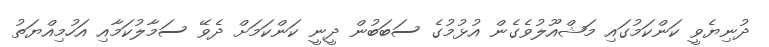
ދުނިޔެވީ ކަންކަމުގައި މަޝްއޫލުވެގެން އުޅުމުގެ ސަބަބުން ދީނީ ކަންކަމަށް ދެވޭ ސަމާލުކަމާއި އަހުމިއްޔަތު